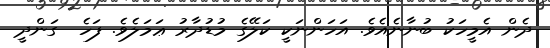
ދެން އެމީހަކު ބުނާނެއެވެ. އަހަންނަކީ ކަލޭގެ މުޑުދާރު ޢަމަލެވެ. ފަހެ  ގަންދީ